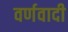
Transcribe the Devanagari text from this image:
वर्णवादी